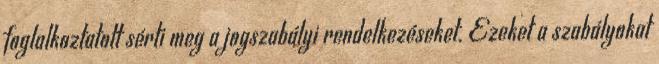
foglalkoztatott sérti meg a jogszabályi rendelkezéseket. Ezeket a szabályokat